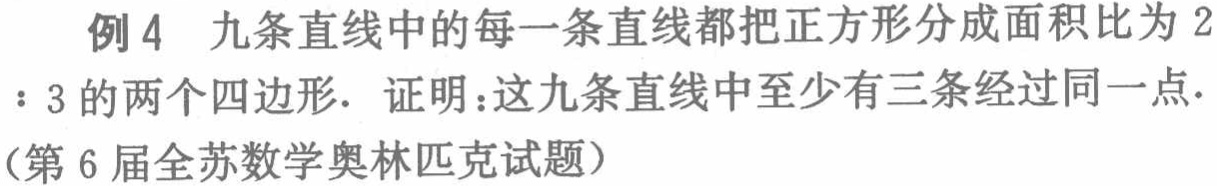
例4 九条直线中的每一条直线都把正方形分成面积比为 2

：3 的两个四边形. 证明：这九条直线中至少有三条经过同一点.

（第 6 届全苏数学奥林匹克试题）